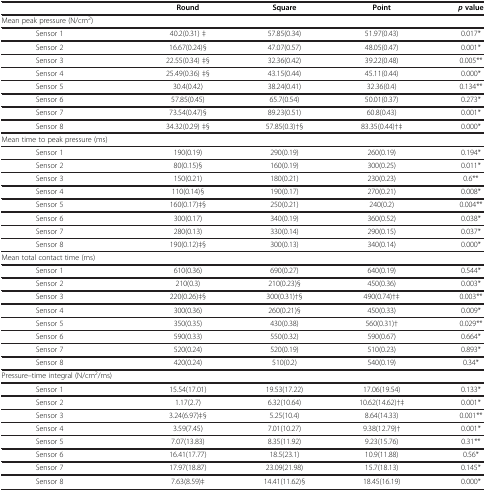
<table><thead><tr><td><b> </b></td><td><b>Round</b></td><td><b>Square</b></td><td><b>Point</b></td><td><b><i>p </i>value</b></td></tr></thead><tbody><tr><td>Mean peak pressure (N/cm<sup>2</sup>)</td><td> </td><td> </td><td> </td><td> </td></tr><tr><td>Sensor 1</td><td>40.2(0.31) ‡</td><td>57.85(0.34)</td><td>51.97(0.43)</td><td>0.017*</td></tr><tr><td>Sensor 2</td><td>16.67(0.24)§</td><td>47.07(0.57)</td><td>48.05(0.47)</td><td>0.001*</td></tr><tr><td>Sensor 3</td><td>22.55(0.34) ‡§</td><td>32.36(0.42)</td><td>39.22(0.48)</td><td>0.005**</td></tr><tr><td>Sensor 4</td><td>25.49(0.36) ‡§</td><td>43.15(0.44)</td><td>45.11(0.44)</td><td>0.000*</td></tr><tr><td>Sensor 5</td><td>30.4(0.42)</td><td>38.24(0.41)</td><td>32.36(0.4)</td><td>0.134**</td></tr><tr><td>Sensor 6</td><td>57.85(0.45)</td><td>65.7(0.54)</td><td>50.01(0.37)</td><td>0.273*</td></tr><tr><td>Sensor 7</td><td>73.54(0.47)§</td><td>89.23(0.51)</td><td>60.8(0.43)</td><td>0.001*</td></tr><tr><td>Sensor 8</td><td>34.32(0.29) ‡§</td><td>57.85(0.3)†§</td><td>83.35(0.44)†‡</td><td>0.000*</td></tr><tr><td>Mean time to peak pressure (ms)</td><td> </td><td> </td><td> </td><td> </td></tr><tr><td>Sensor 1</td><td>190(0.19)</td><td>290(0.19)</td><td>260(0.19)</td><td>0.194*</td></tr><tr><td>Sensor 2</td><td>80(0.15)§</td><td>160(0.19)</td><td>300(0.25)</td><td>0.011*</td></tr><tr><td>Sensor 3</td><td>150(0.21)</td><td>180(0.21)</td><td>230(0.23)</td><td>0.6**</td></tr><tr><td>Sensor 4</td><td>110(0.14)§</td><td>190(0.17)</td><td>270(0.21)</td><td>0.008*</td></tr><tr><td>Sensor 5</td><td>160(0.17)‡§</td><td>250(0.21)</td><td>240(0.2)</td><td>0.004**</td></tr><tr><td>Sensor 6</td><td>300(0.17)</td><td>340(0.19)</td><td>360(0.52)</td><td>0.038*</td></tr><tr><td>Sensor 7</td><td>280(0.13)</td><td>330(0.14)</td><td>290(0.15)</td><td>0.037*</td></tr><tr><td>Sensor 8</td><td>190(0.12)‡§</td><td>300(0.13)</td><td>340(0.14)</td><td>0.000*</td></tr><tr><td>Mean total contact time (ms)</td><td> </td><td> </td><td> </td><td> </td></tr><tr><td>Sensor 1</td><td>610(0.36)</td><td>690(0.27)</td><td>640(0.19)</td><td>0.544*</td></tr><tr><td>Sensor 2</td><td>210(0.3)</td><td>210(0.23)§</td><td>450(0.36)</td><td>0.003*</td></tr><tr><td>Sensor 3</td><td>220(0.26)‡§</td><td>300(0.31)†§</td><td>490(0.74)†‡</td><td>0.003**</td></tr><tr><td>Sensor 4</td><td>300(0.36)</td><td>260(0.21)§</td><td>450(0.33)</td><td>0.009*</td></tr><tr><td>Sensor 5</td><td>350(0.35)</td><td>430(0.38)</td><td>560(0.31)†</td><td>0.029**</td></tr><tr><td>Sensor 6</td><td>590(0.33)</td><td>550(0.32)</td><td>590(0.67)</td><td>0.664*</td></tr><tr><td>Sensor 7</td><td>520(0.24)</td><td>520(0.19)</td><td>510(0.23)</td><td>0.893*</td></tr><tr><td>Sensor 8</td><td>420(0.24)</td><td>510(0.2)</td><td>540(0.19)</td><td>0.34*</td></tr><tr><td>Pressure–time integral (N/cm<sup>2</sup>/ms)</td><td> </td><td> </td><td> </td><td> </td></tr><tr><td>Sensor 1</td><td>15.54(17.01)</td><td>19.53(17.22)</td><td>17.06(19.54)</td><td>0.133*</td></tr><tr><td>Sensor 2</td><td>1.17(2.7)</td><td>6.32(10.64)</td><td>10.62(14.62)†‡</td><td>0.001*</td></tr><tr><td>Sensor 3</td><td>3.24(6.97)‡§</td><td>5.25(10.4)</td><td>8.64(14.33)</td><td>0.001**</td></tr><tr><td>Sensor 4</td><td>3.59(7.45)</td><td>7.01(10.27)</td><td>9.38(12.79)†</td><td>0.001*</td></tr><tr><td>Sensor 5</td><td>7.07(13.83)</td><td>8.35(11.92)</td><td>9.23(15.76)</td><td>0.31**</td></tr><tr><td>Sensor 6</td><td>16.41(17.77)</td><td>18.5(23.1)</td><td>10.9(11.88)</td><td>0.56*</td></tr><tr><td>Sensor 7</td><td>17.97(18.87)</td><td>23.09(21.98)</td><td>15.7(18.13)</td><td>0.145*</td></tr><tr><td>Sensor 8</td><td>7.63(8.59)‡</td><td>14.41(11.62)§</td><td>18.45(16.19)</td><td>0.000*</td></tr></tbody></table>